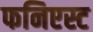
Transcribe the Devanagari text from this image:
फनिएस्ट